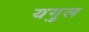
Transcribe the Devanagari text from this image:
यगुल